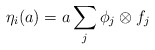
\begin{align*} \eta_{i}(a) = a \sum_{j} \phi_{j} \otimes f_{j}\end{align*}